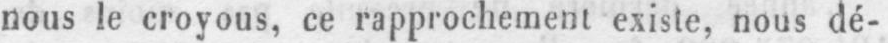
nous le croyous, ce rapprochement existe, nous dé-